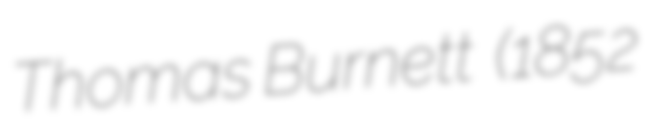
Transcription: Thomas Burnett  (1852